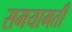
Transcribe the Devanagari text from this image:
समयामती